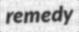
remedy